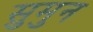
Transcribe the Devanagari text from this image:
सुमुन